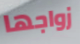
زواجها